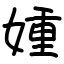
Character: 媑